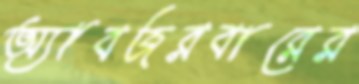
অ্যাবজরবারের